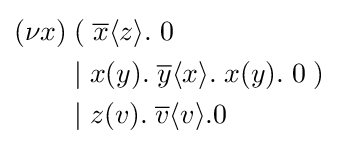
{\begin{aligned}(\nu x)&\;(\;{\overline {x}}\langle z\rangle .\;0\\&\;|\;x(y).\;{\overline {y}}\langle x\rangle .\;x(y).\;0\;)\\&\;|\;z(v).\;{\overline {v}}\langle v\rangle .0\end{aligned}}